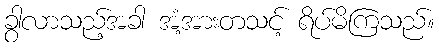
ခွာလာသည့်အခါ အံ့အားတသင့် ရိပ်မိကြသည်။